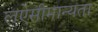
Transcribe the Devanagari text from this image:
लऐसीमान्यता